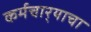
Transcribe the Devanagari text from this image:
कर्मचार्‍याचा